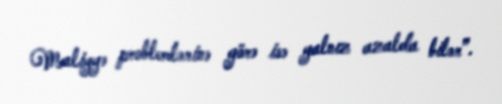
Maliyyə problemlərinə görə isə yalnız azalda bilər”.